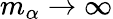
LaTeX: m_{\alpha}\rightarrow\infty